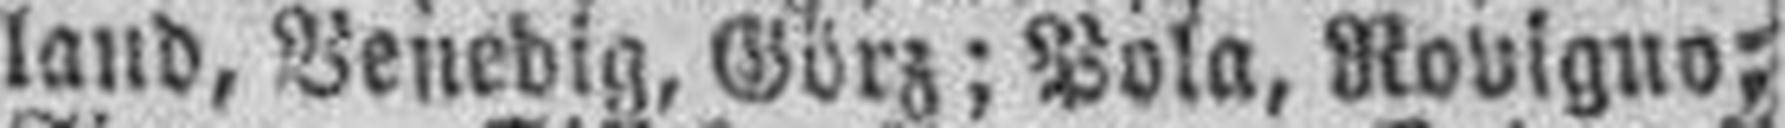
land, Venedig, Görz; Pola, Rovigno;